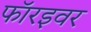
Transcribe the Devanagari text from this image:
फॉरइवर